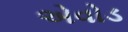
એવોડ